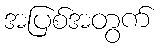
အပြစ်အတွက်